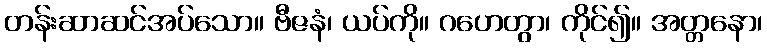
တန်းဆာဆင်အပ်သော။ ဗီဇနံ၊ ယပ်ကို။ ဂဟေတွာ၊ ကိုင်၍။ အတ္တနော၊